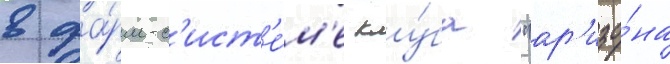
в фа́рм-с'ист'е́м'е клу́ба "ар'изо́на